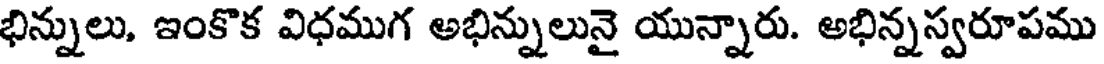
భిన్నులు, ఇంకొక విధముగ అభిన్నులునై యున్నారు. అభిన్నస్వరూపము